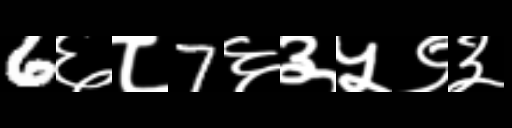
Text: 6६८7६३५९३